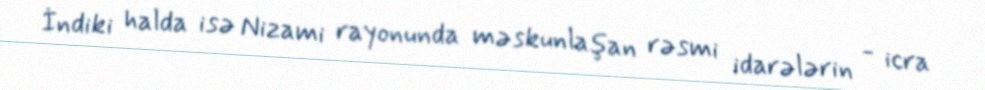
İndiki halda isə Nizami rayonunda məskunlaşan rəsmi idarələrin - icra